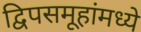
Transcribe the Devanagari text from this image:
द्विपसमूहांमध्ये